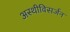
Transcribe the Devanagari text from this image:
अस्थीविसर्जन